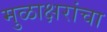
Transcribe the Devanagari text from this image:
मुळाक्षरांचा